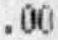
.00